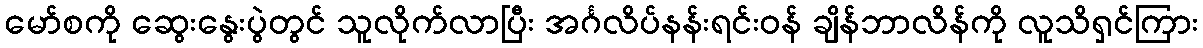
မော်စကို ဆွေးနွေးပွဲတွင် သူလိုက်လာပြီး အင်္ဂလိပ်နန်းရင်းဝန် ချိန်ဘာလိန်ကို လူသိရှင်ကြား